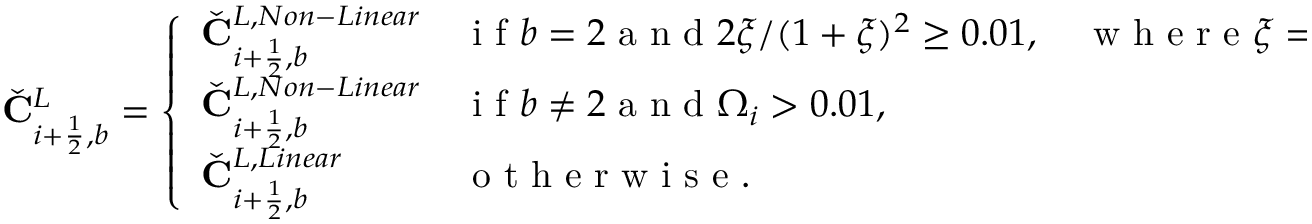
\check { \mathbf { C } } _ { i + \frac { 1 } { 2 } , b } ^ { L } = \left\{ \begin{array} { l l } { \check { \mathbf { C } } _ { i + \frac { 1 } { 2 } , b } ^ { L , N o n - L i n e a r } } & { \mathrm { ~ i ~ f ~ } b = 2 \mathrm { ~ a ~ n ~ d ~ } 2 \xi / ( 1 + \xi ) ^ { 2 } \geq 0 . 0 1 , \quad \mathrm { ~ w ~ h ~ e ~ r ~ e ~ } \xi = \left| { \check { \mathbf { C } } } _ { i , 2 } \right| / \left( \rho _ { i } + \rho _ { i + 1 } \right) , } \\ { \check { \mathbf { C } } _ { i + \frac { 1 } { 2 } , b } ^ { L , N o n - L i n e a r } } & { \mathrm { ~ i ~ f ~ } b \neq 2 \mathrm { ~ a ~ n ~ d ~ } \Omega _ { i } > 0 . 0 1 , } \\ { \check { \mathbf { C } } _ { i + \frac { 1 } { 2 } , b } ^ { L , L i n e a r } } & { \mathrm { ~ o ~ t ~ h ~ e ~ r ~ w ~ i ~ s ~ e ~ } . } \end{array} \right.